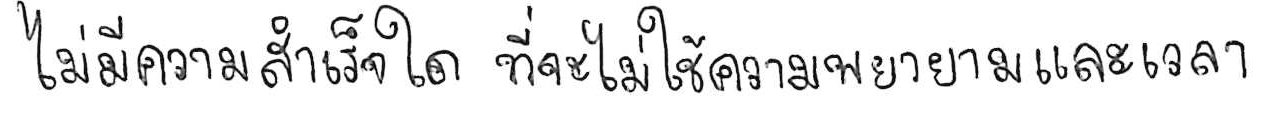
ไม่มีความสำเร็จใด ที่จะไม่ใช้ความพยายามและเวลา